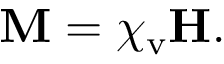
\mathbf { M } = \chi _ { \mathrm { v } } \mathbf { H } .